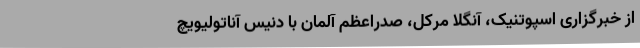
از خبرگزاری اسپوتنیک، آنگلا مرکل، صدراعظم آلمان با دنیس آناتولیویچ